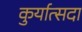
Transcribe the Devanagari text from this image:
कुर्यात्सदा